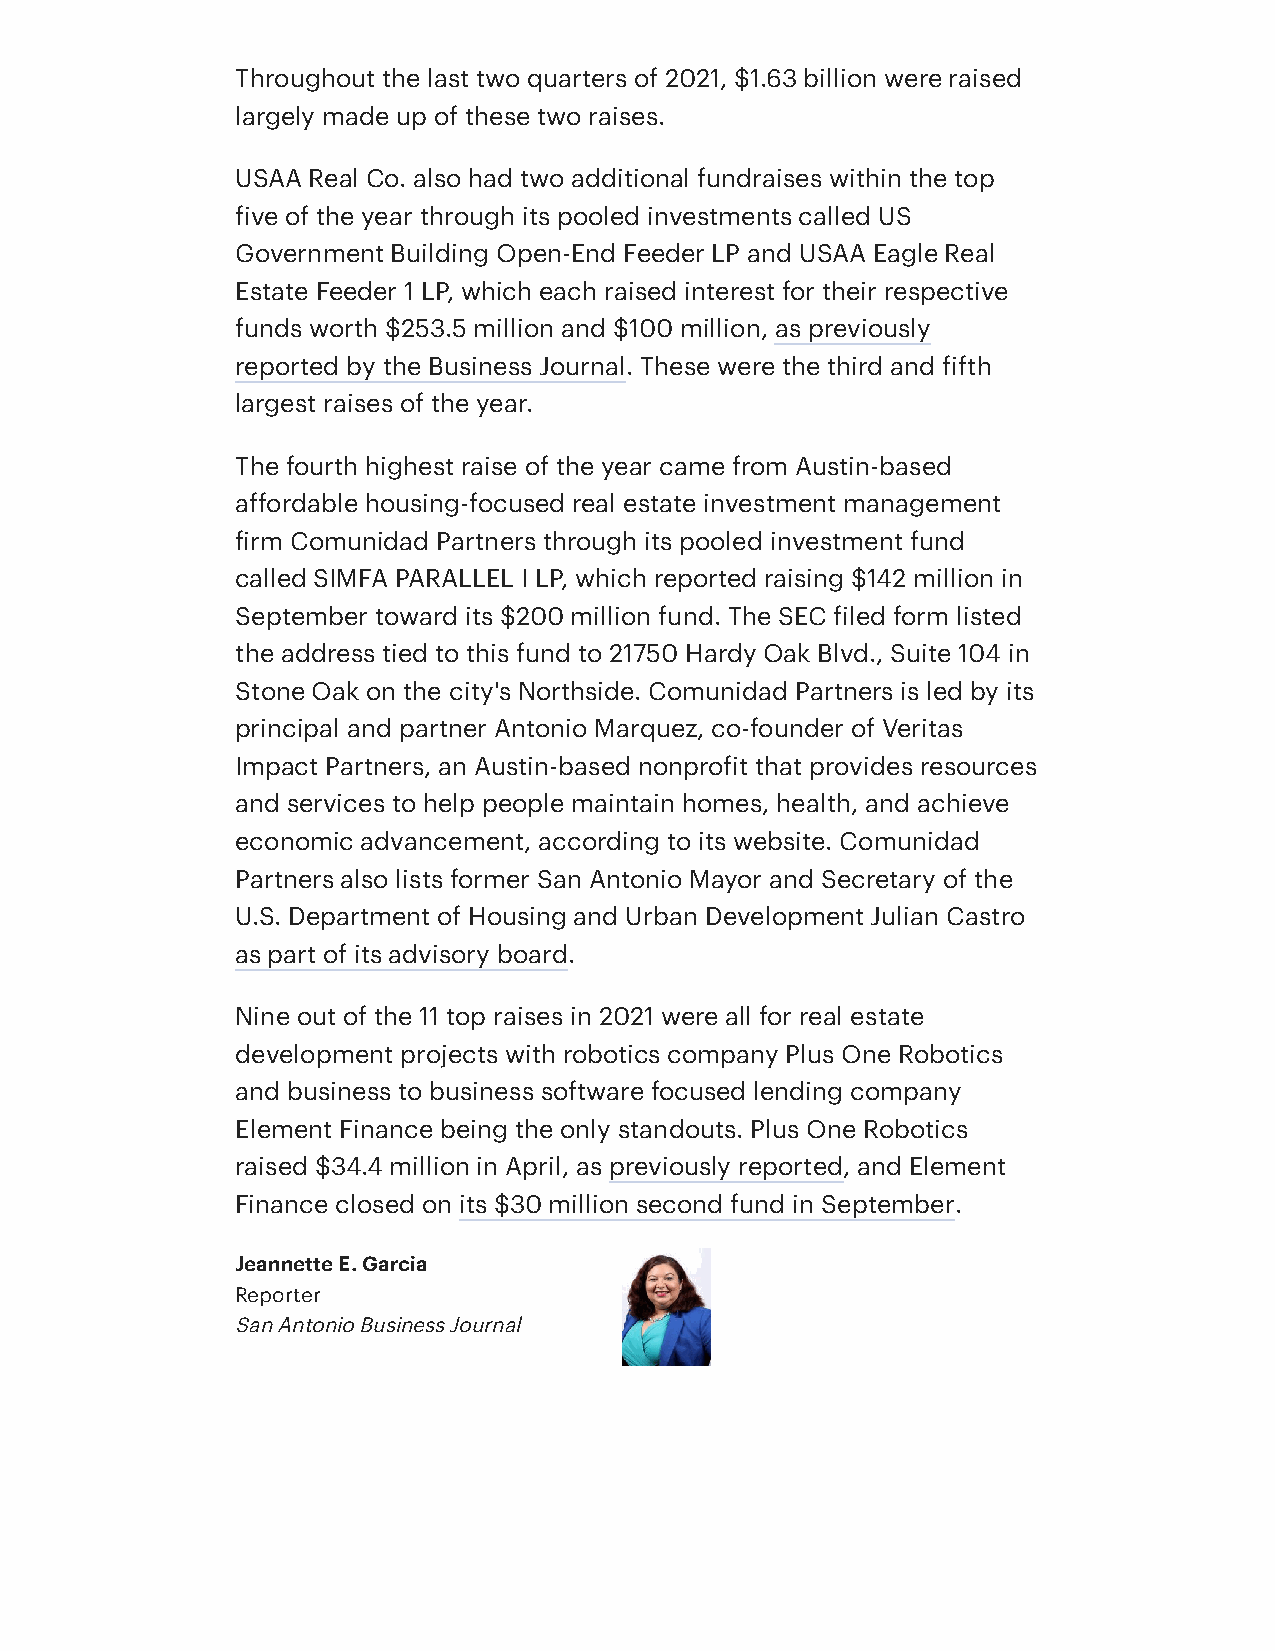
Throughout the last two quarters of 2021, $1.63 billion were raised
 largely made up of these two raises.
 USAA Real Co. also had two additional fundraises within the top
 five of the year through its pooled investments called US
 Government Building Open-End Feeder LP and USAA Eagle Real
 Estate Feeder 1 LP, which each raised interest for their respective
 funds worth $253.5 million and $100 million, as previously
 reported by the Business Journal. These were the third and fifth
 largest raises of the year.
 The fourth highest raise of the year came from Austin-based
 affordable housing-focused real estate investment management
 firm Comunidad Partners through its pooled investment fund
 called SIMFA PARALLEL I LP, which reported raising $142 million in
 September toward its $200 million fund. The SEC filed form listed
 the address tied to this fund to 21750 Hardy Oak Blvd., Suite 104 in
 Stone Oak on the city's Northside. Comunidad Partners is led by its
 principal and partner Antonio Marquez, co-founder of Veritas
 Impact Partners, an Austin-based nonprofit that provides resources
 and services to help people maintain homes, health, and achieve
 economic advancement, according to its website. Comunidad
 Partners also lists former San Antonio Mayor and Secretary of the
 U.S. Department of Housing and Urban Development Julian Castro
 as part of its advisory board.
 Nine out of the 11 top raises in 2021 were all for real estate
 development projects with robotics company Plus One Robotics
 and business to business software focused lending company
 Element Finance being the only standouts. Plus One Robotics
 raised $34.4 million in April, as previously reported, and Element
 Finance closed on its $30 million second fund in September.
 Jeannette E. Garcia
 Reporter
 San Antonio Business Journal